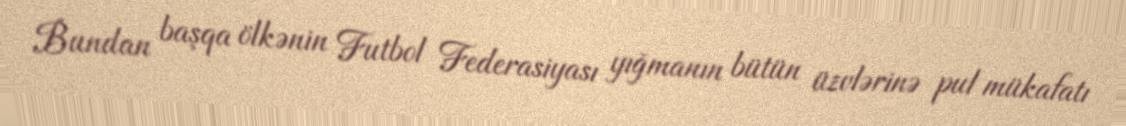
Bundan başqa ölkənin Futbol Federasiyası yığmanın bütün üzvlərinə pul mükafatı